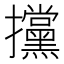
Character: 攩